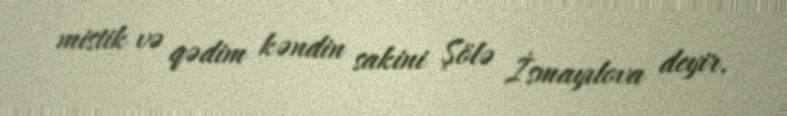
mistik və qədim kəndin sakini Şölə İsmayılova deyir.